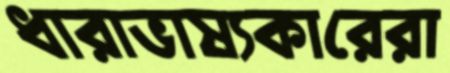
ধারাভাষ্যকারেরা